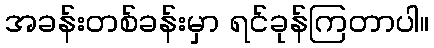
အခန်းတစ်ခန်းမှာ ရင်ခုန်ကြတာပါ။